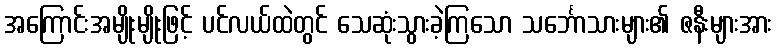
အကြောင်းအမျိုးမျိုးဖြင့် ပင်လယ်ထဲတွင် သေဆုံးသွားခဲ့ကြသော သင်္ဘောသားများ၏ ဇနီးများအား